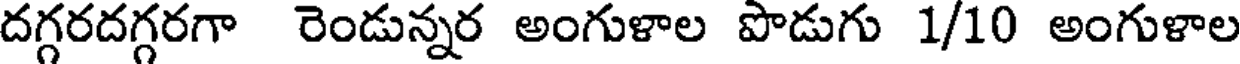
దగ్గరదగ్గరగా రెండున్నర అంగుళాల పొడుగు 1/10 అంగుళాల